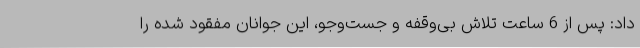
داد: پس از 6 ساعت تلاش بی‌وقفه و جست‌وجو، این جوانان مفقود شده را